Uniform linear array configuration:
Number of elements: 32
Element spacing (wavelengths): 0.5
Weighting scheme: uniform
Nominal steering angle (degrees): -30
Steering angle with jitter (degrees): -29.045
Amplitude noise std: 0.05
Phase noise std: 0.05

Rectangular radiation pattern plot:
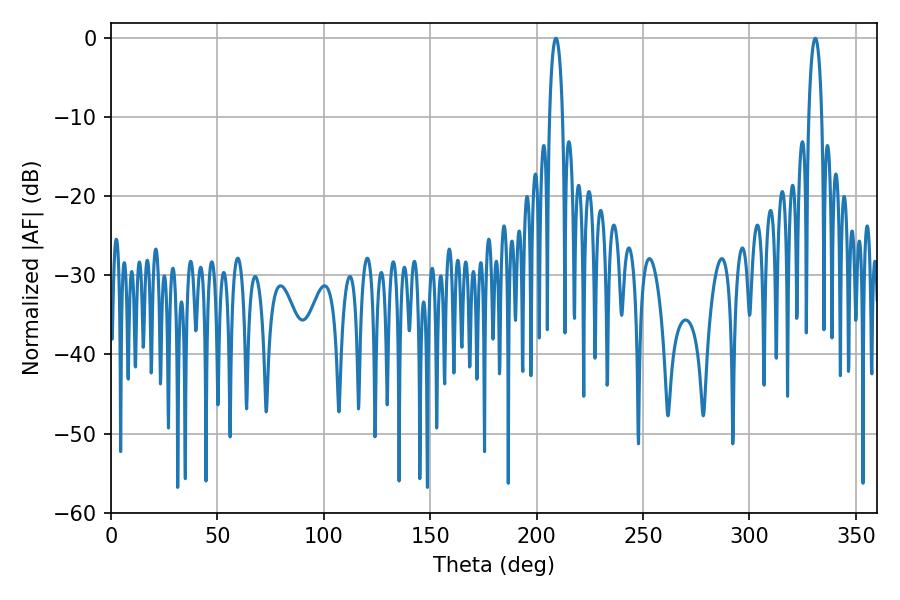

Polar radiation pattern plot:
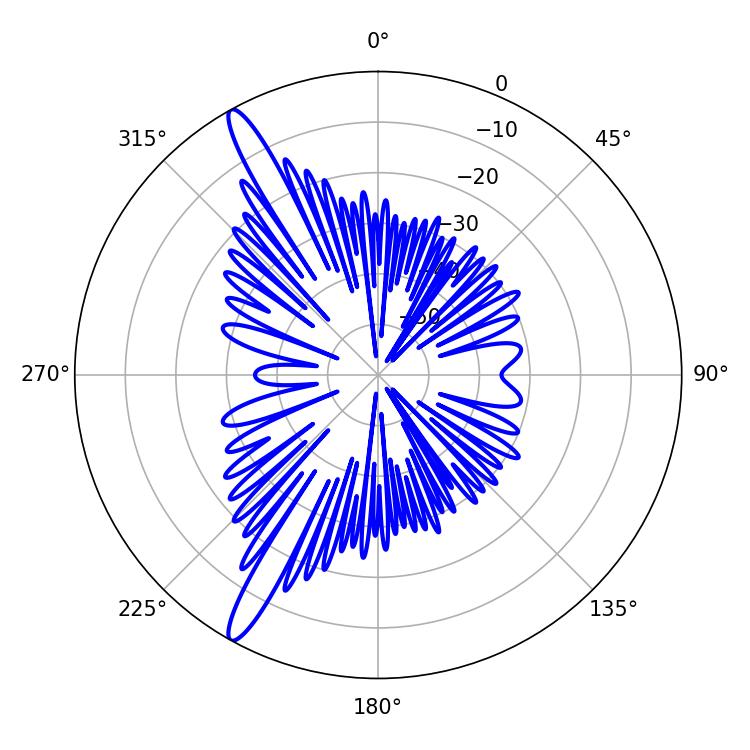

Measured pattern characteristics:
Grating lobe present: FALSE
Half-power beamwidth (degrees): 3.42
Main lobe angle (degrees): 208.98